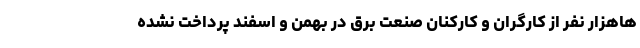
هاهزار نفر از کارگران و کارکنان صنعت برق در بهمن و اسفند پرداخت نشده